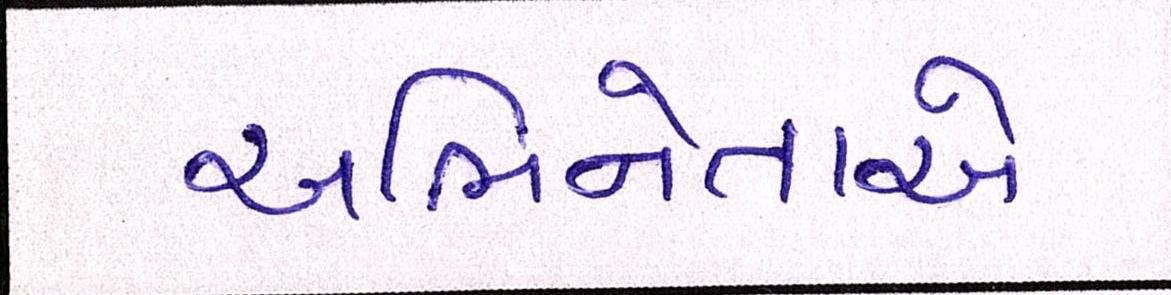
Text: અભિનેતાએ